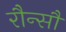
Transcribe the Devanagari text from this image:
रौन्सौ